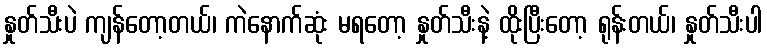
နှုတ်သီးပဲ ကျန်တော့တယ်၊ ကဲနောက်ဆုံး မရတော့ နှုတ်သီးနဲ့ ထိုးပြီးတော့ ရုန်းတယ်၊ နှုတ်သီးပါ